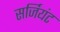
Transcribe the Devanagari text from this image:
सर्जियंट